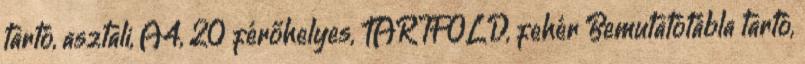
tartó, asztali, A4, 20 férőhelyes, TARIFOLD, fehér Bemutatótábla tartó,